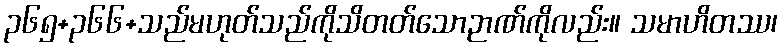
၃၆၅+၃၆၆+သည်မဟုတ်သည်ကိုသိတတ်သောဉာဏ်ကိုလည်း။ သမာဟိတဿ၊